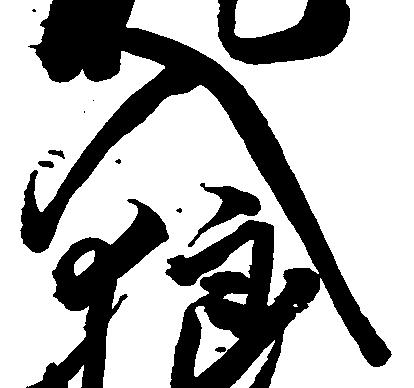
入